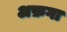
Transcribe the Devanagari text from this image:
अफ़गा